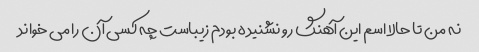
نه من تا حالا اسم این آهنگ رو نشنیده بودم زیباست چه کسی آن را می خواند